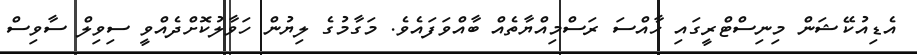
އެޑިއުކޭޝަން މިނިސްޓްރީގައި ހާއްސަ ރަސްމިއްޔާތެއް ބާއްވަފައެވެ. މަގާމުގެ ލިޔުން ހަވާލުކޮށްދެއްވީ ސިވިލް ސާވިސް